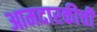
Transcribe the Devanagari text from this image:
आमदारकीची